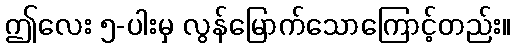
ဤလေး ၅-ပါးမှ လွန်မြောက်သောကြောင့်တည်း။